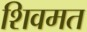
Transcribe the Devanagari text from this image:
शिवमत